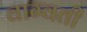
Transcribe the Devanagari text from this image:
वाग्वती